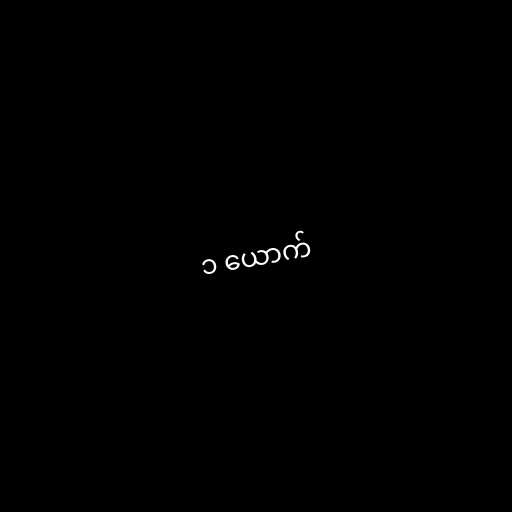
၁ ယောက်